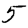
Digit: 5